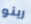
رينو